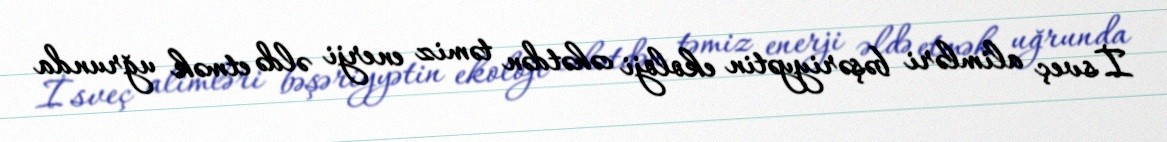
İsveç alimləri bəşəriyyətin ekoloji cəhətdən təmiz enerji əldə etmək uğrunda